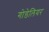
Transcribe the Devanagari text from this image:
गोडेलियर